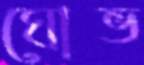
ঘোভ